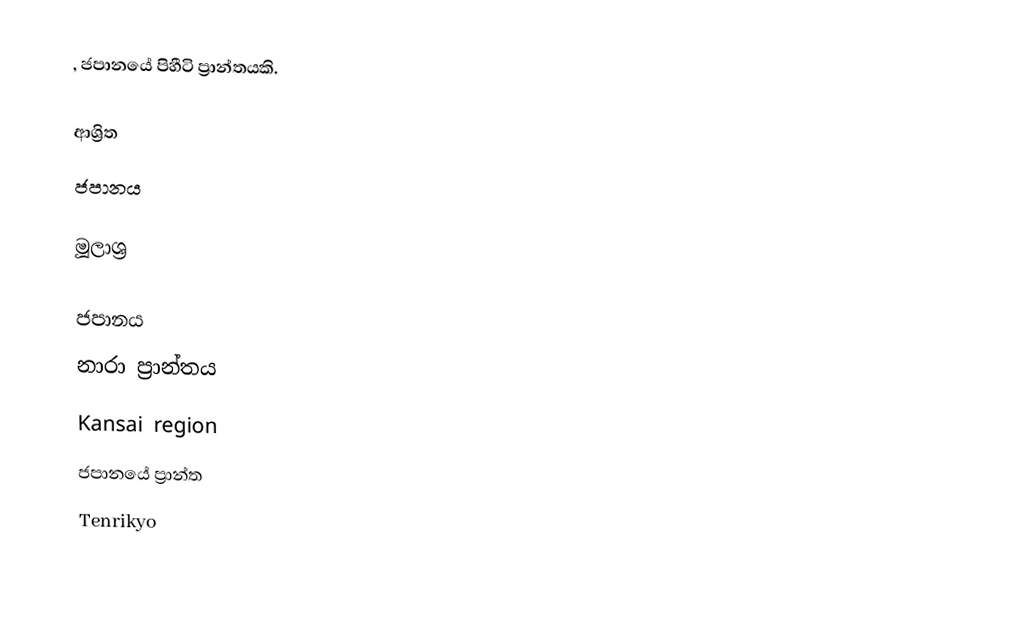
, ජපානයේ පිහීටි ප්‍රාන්තයකි.

ආශ්‍රිත
 ජපානය

මූලාශ්‍ර

ජපානය
නාරා ප්‍රාන්තය
Kansai region
ජපානයේ ප්‍රාන්ත
Tenrikyo